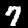
Label: 7